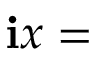
\mathbf { i } x =